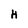
Character: H